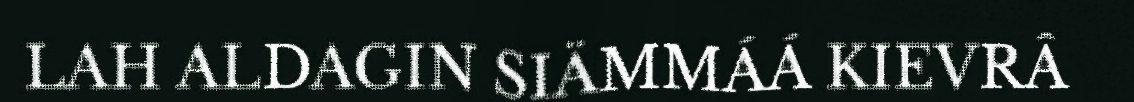
LAH ALDAGIN SIÄMMÁÁ KIEVRÂ